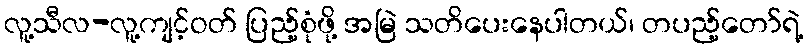
လူ့သီလ-လူ့ကျင့်ဝတ် ပြည့်စုံဖို့ အမြဲ သတိပေးနေပါတယ်၊ တပည့်တော်ရဲ့